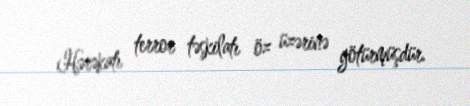
Hərəkatı terror təşkilatı öz üzərinə götürmüşdür.